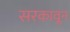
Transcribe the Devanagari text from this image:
सरकावून